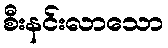
စီးနင်းလာသော